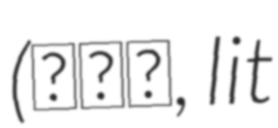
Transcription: (鳥の詩, lit